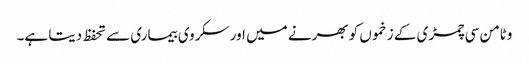
وٹامن سی چمڑی کے زخموں کو بھرنے میں اور سکروی بیماری سے تحفظ دیتا ہے۔